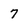
Character: 7